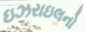
ઇઝરાઇલનો